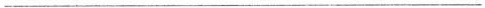
___